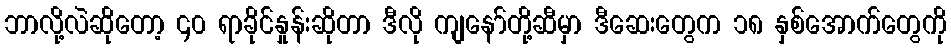
ဘာလို့လဲဆိုတော့ ၄၀ ရာခိုင်နှုန်းဆိုတာ ဒီလို ကျနော်တို့ဆီမှာ ဒီဆေးတွေက ၁၈ နှစ်အောက်တွေကို